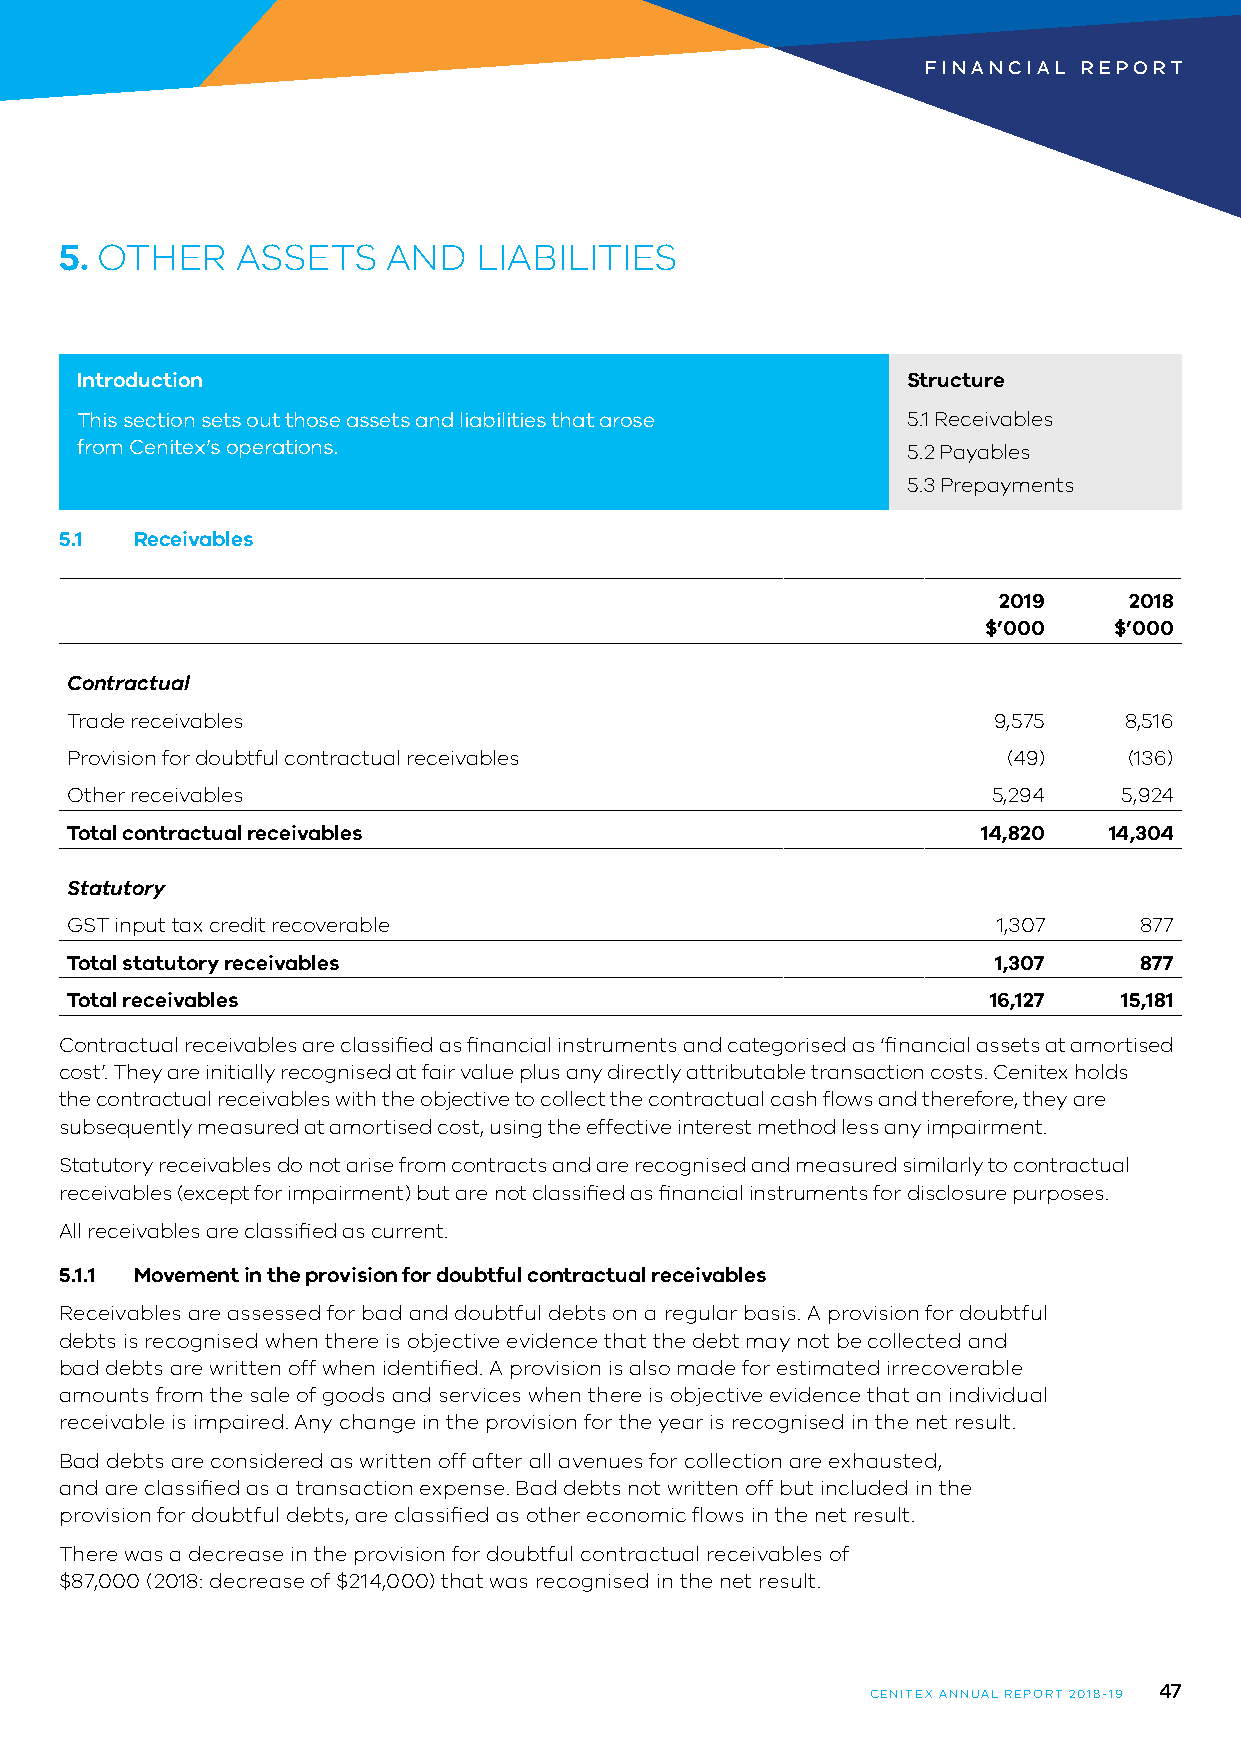
FINANCIAL  REPORT
 5. OTHER    ASSETS    AND   LIABILITIES
 Introduction                                           Structure
 This section sets out those assets and liabilities that arose 5.1 Receivables
 from Cenitex’s operations.                             5.2 Payables
 5.3 Prepayments
 5.1  Receivables
 2019     2018
 $’000    $’000
 Contractual
 Trade receivables                                             9,575   8,516
 Provision for doubtful contractual receivables                 (49)    (136)
 Other receivables                                             5,294   5,924
 Total contractual receivables                                14,820  14,304
 Statutory
 GST input tax credit recoverable                              1,307    877
 Total statutory receivables                                   1,307    877
 Total receivables                                             16,127  15,181
 Contractual receivables are classified as financial instruments and categorised as ‘financial assets at amortised
 cost’. They are initially recognised at fair value plus any directly attributable transaction costs. Cenitex holds
 the contractual receivables with the objective to collect the contractual cash flows and therefore, they are
 subsequently measured at amortised cost, using the effective interest method less any impairment.
 Statutory receivables do not arise from contracts and are recognised and measured similarly to contractual
 receivables (except for impairment) but are not classified as financial instruments for disclosure purposes.
 All receivables are classified as current.
 5.1.1 Movement in the provision for doubtful contractual receivables
 Receivables are assessed for bad and doubtful debts on a regular basis. A provision for doubtful
 debts is recognised when there is objective evidence that the debt may not be collected and
 bad debts are written off when identified. A provision is also made for estimated irrecoverable
 amounts from the sale of goods and services when there is objective evidence that an individual
 receivable is impaired. Any change in the provision for the year is recognised in the net result.
 Bad debts are considered as written off after all avenues for collection are exhausted,
 and are classified as a transaction expense. Bad debts not written off but included in the
 provision for doubtful debts, are classified as other economic flows in the net result.
 There was a decrease in the provision for doubtful contractual receivables of
 $87,000 (2018: decrease of $214,000) that was recognised in the net result.
 47
 CENITEX ANNUAL REPORT 2018-19